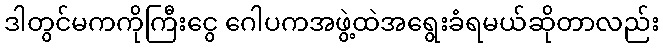
ဒါတွင်မကကိုကြီးငွေ ဂေါပကအဖွဲ့ထဲအရွေးခံရမယ်ဆိုတာလည်း